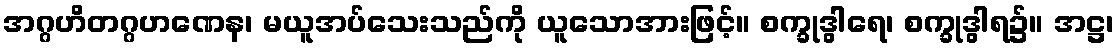
အဂ္ဂဟိတဂ္ဂဟဏေန၊ မယူအပ်သေးသည်ကို ယူသောအားဖြင့်။ စက္ခုဒွါရေ၊ စက္ခုဒွါရ၌။ အဋ္ဌ၊